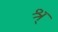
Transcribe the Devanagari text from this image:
श्र्